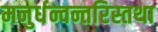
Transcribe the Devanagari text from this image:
मनुर्धन्वन्तरिस्तथा